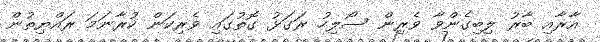
އާރާއި ބާރު ލިބިގެންވާ ވެރިން ސޯލިހު ރަގަޅު ގޮތުގައި ވެރިކަން ކުރާނަމަ ރައްޔިތުން